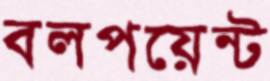
বলপয়েন্ট